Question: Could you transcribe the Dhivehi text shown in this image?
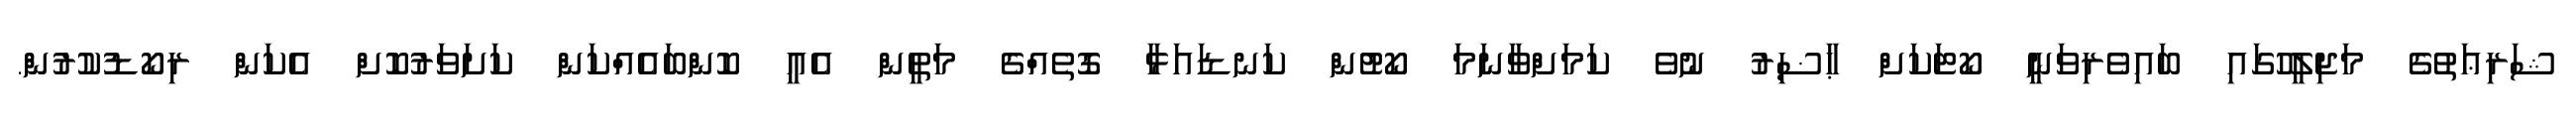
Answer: ޝަރިޢަތުގެ މަޖިލީހުގައި ބައިވެރިވަނީ ކޯޓަކަށް ޙާޟިރު ނުވެ ކަމަށްވާނަމަ ކޯޓުން ކަނޑައަޅާ ގޮތެއްގެ މަތީން އެއީ ކޮންބައެއްކަން ކަށަވަރުކޮށް އެކަން ރިކޯޑުކުރުން.